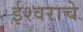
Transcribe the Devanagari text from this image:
ईश्‍वराचे